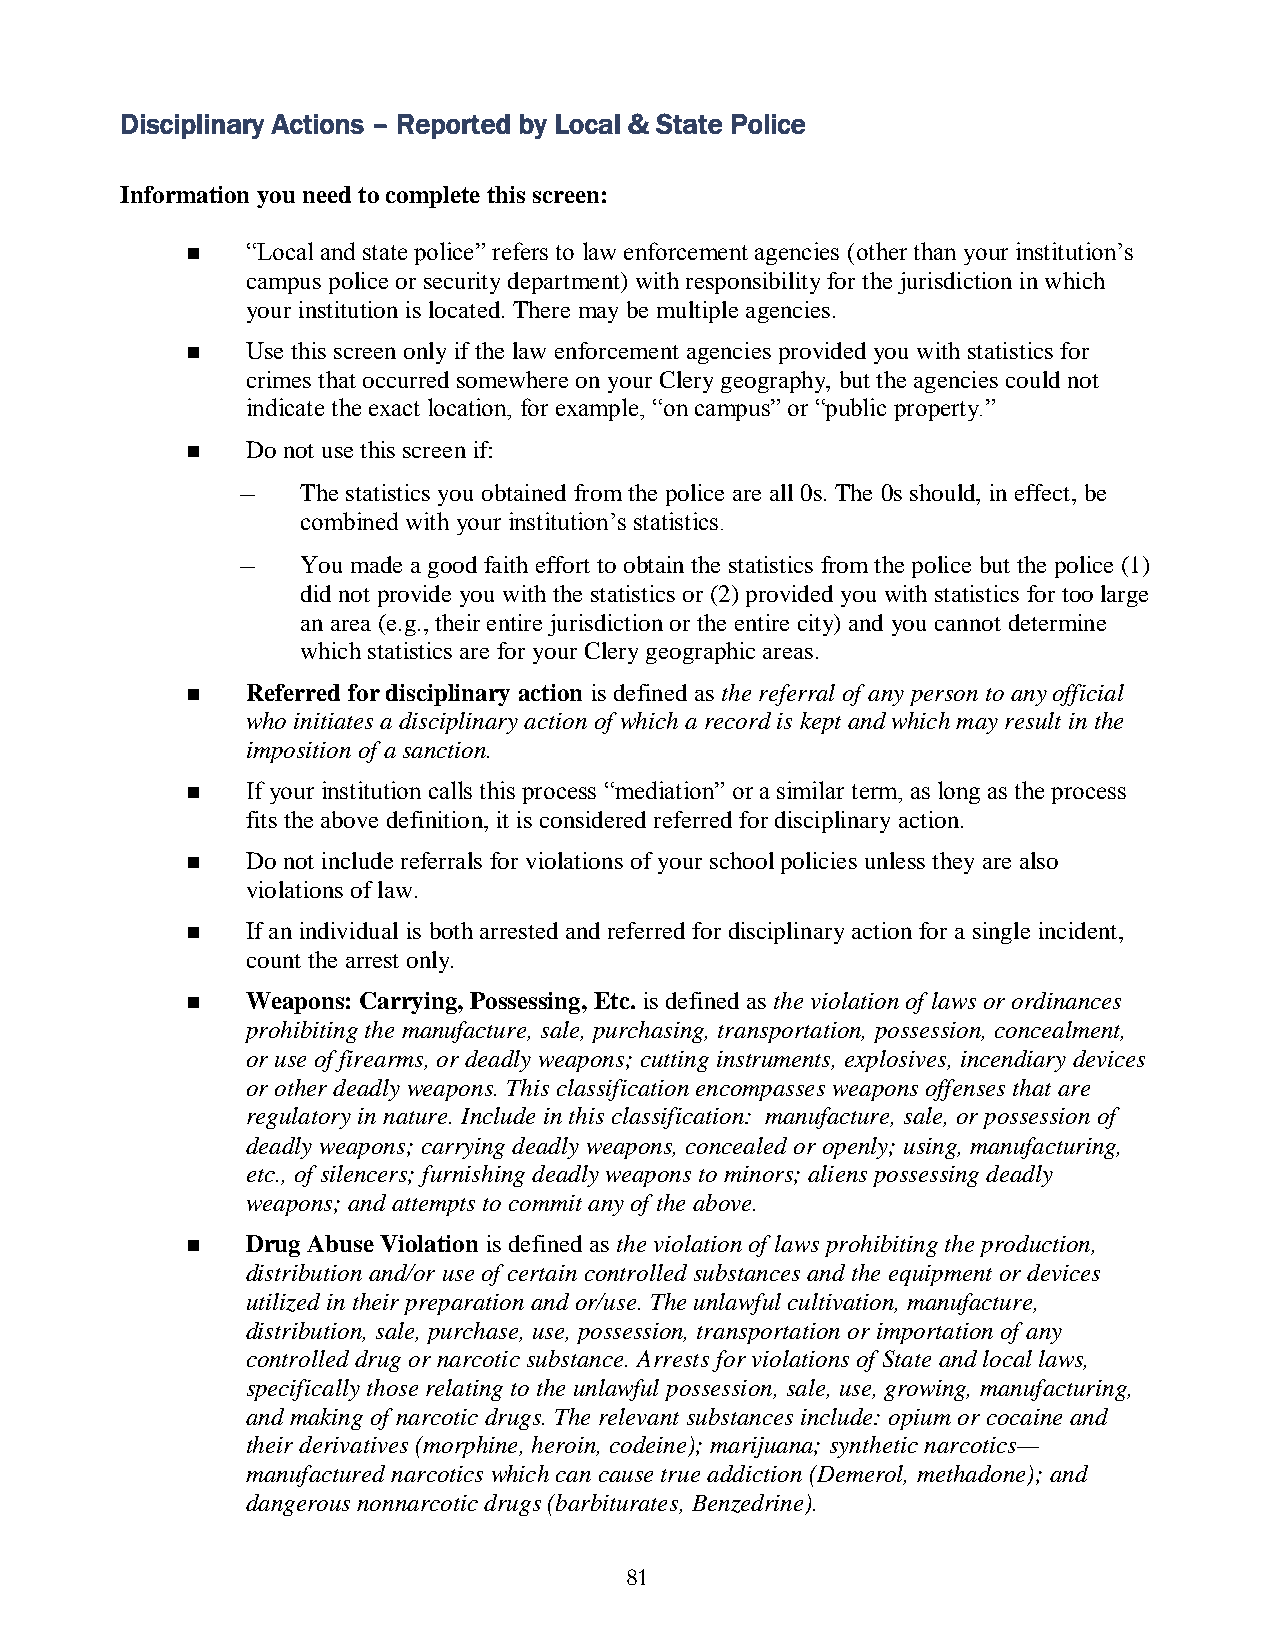
Disciplinary Actions – Reported by Local & State Police
 Information you need to complete this screen:
    “Local and state police” refers to law enforcement agencies (other than your institution’s
 campus police or security department) with responsibility for the jurisdiction in which
 your institution is located. There may be multiple agencies.
    Use this screen only if the law enforcement agencies provided you with statistics for
 crimes that occurred somewhere on your Clery geography, but the agencies could not
 indicate the exact location, for example, “on campus” or “public property.”
    Do not use this screen if:
 –   The statistics you obtained from the police are all 0s. The 0s should, in effect, be
 combined with your institution’s statistics.
 –   You made a good faith effort to obtain the statistics from the police but the police (1)
 did not provide you with the statistics or (2) provided you with statistics for too large
 an area (e.g., their entire jurisdiction or the entire city) and you cannot determine
 which statistics are for your Clery geographic areas.
    Referred for disciplinary action is defined as the referral of any person to any official
 who initiates a disciplinary action of which a record is kept and which may result in the
 imposition of a sanction.
    If your institution calls this process “mediation” or a similar term, as long as the process
 fits the above definition, it is considered referred for disciplinary action.
    Do not include referrals for violations of your school policies unless they are also
 violations of law.
    If an individual is both arrested and referred for disciplinary action for a single incident,
 count the arrest only.
    Weapons: Carrying, Possessing, Etc. is defined as the violation of laws or ordinances
 prohibiting the manufacture, sale, purchasing, transportation, possession, concealment,
 or use of firearms, or deadly weapons; cutting instruments, explosives, incendiary devices
 or other deadly weapons. This classification encompasses weapons offenses that are
 regulatory in nature. Include in this classification: manufacture, sale, or possession of
 deadly weapons; carrying deadly weapons, concealed or openly; using, manufacturing,
 etc., of silencers; furnishing deadly weapons to minors; aliens possessing deadly
 weapons; and attempts to commit any of the above.
    Drug Abuse Violation is defined as the violation of laws prohibiting the production,
 distribution and/or use of certain controlled substances and the equipment or devices
 utilized in their preparation and or/use. The unlawful cultivation, manufacture,
 distribution, sale, purchase, use, possession, transportation or importation of any
 controlled drug or narcotic substance. Arrests for violations of State and local laws,
 specifically those relating to the unlawful possession, sale, use, growing, manufacturing,
 and making of narcotic drugs. The relevant substances include: opium or cocaine and
 their derivatives (morphine, heroin, codeine); marijuana; synthetic narcotics—
 manufactured narcotics which can cause true addiction (Demerol, methadone); and
 dangerous nonnarcotic drugs (barbiturates, Benzedrine).
 81